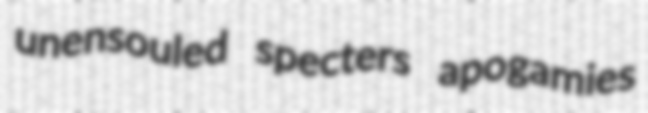
unensouled specters apogamies